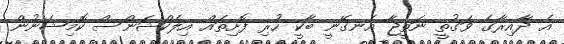
އެ ދާއިރާގެ ވަގުތީ ނަތީޖާ އެނގޭނީ ބާކީ ހުރި ފޮށިތައް އިލެކްޝަންސް ކޮމިޝަނުން